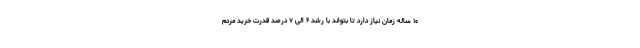
۱۰ ساله زمان نیاز دارد تا بتواند با رشد ۶ الی ۷ درصد قدرت خرید مردم